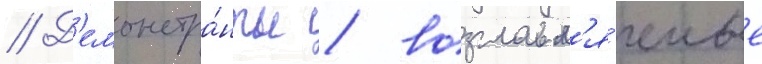
// Д'емонстра́нты / возглавл'я́емые